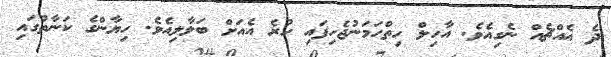
ދެ އެއްޗެއް ނެގިއެވެ. އާހިލް ހިތްހަމަނުޖެހިފައި ހުރެ އެއަށް ބަލާލިއެވެ. ހިޔާންގެ ކަނާތުގައި